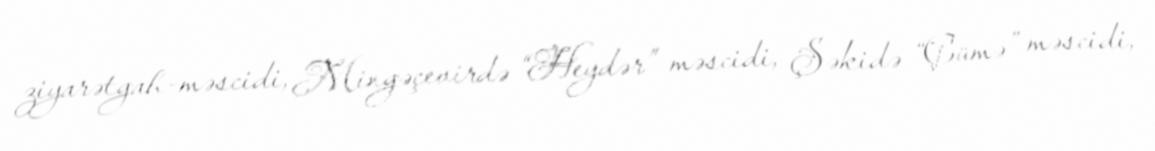
ziyarətgah-məscidi, Mingəçevirdə “Heydər” məscidi, Şəkidə “Çümə” məscidi,